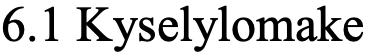
6.1 Kyselylomake